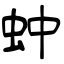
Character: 蚛